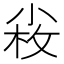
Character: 𡮋